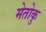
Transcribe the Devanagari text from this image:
मेतोकु